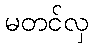
မတင်လှ